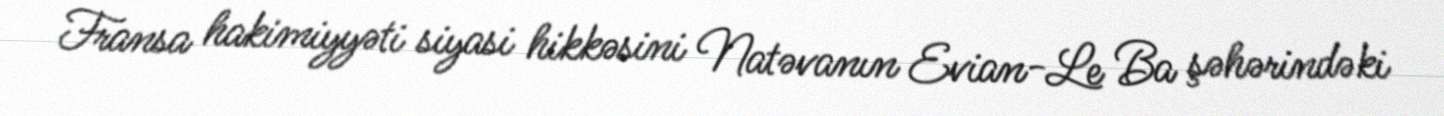
Fransa hakimiyyəti siyasi hikkəsini Natəvanın Evian-Le Ba şəhərindəki